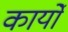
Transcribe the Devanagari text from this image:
कार्योंं